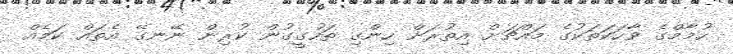
ހުމާމްގެ ވާހަކަތަކުގެ މައްޗަށް އިތުރަށް ހިންގި ތަހުގީގުން ކުރިން ނޭނގޭ އެތައް ކަމެއް